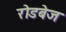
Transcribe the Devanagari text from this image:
रॊडबेज